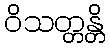
ဝိသတ္တန္တိ